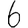
Digit: 6